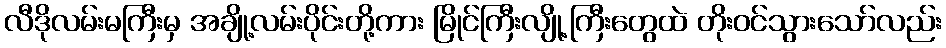
လီဒိုလမ်းမကြီးမှ အချို့လမ်းပိုင်းတို့ကား မြိုင်ကြီးလျို့ကြီးတွေထဲ တိုးဝင်သွားသော်လည်း